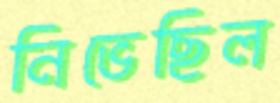
নিভেছিল